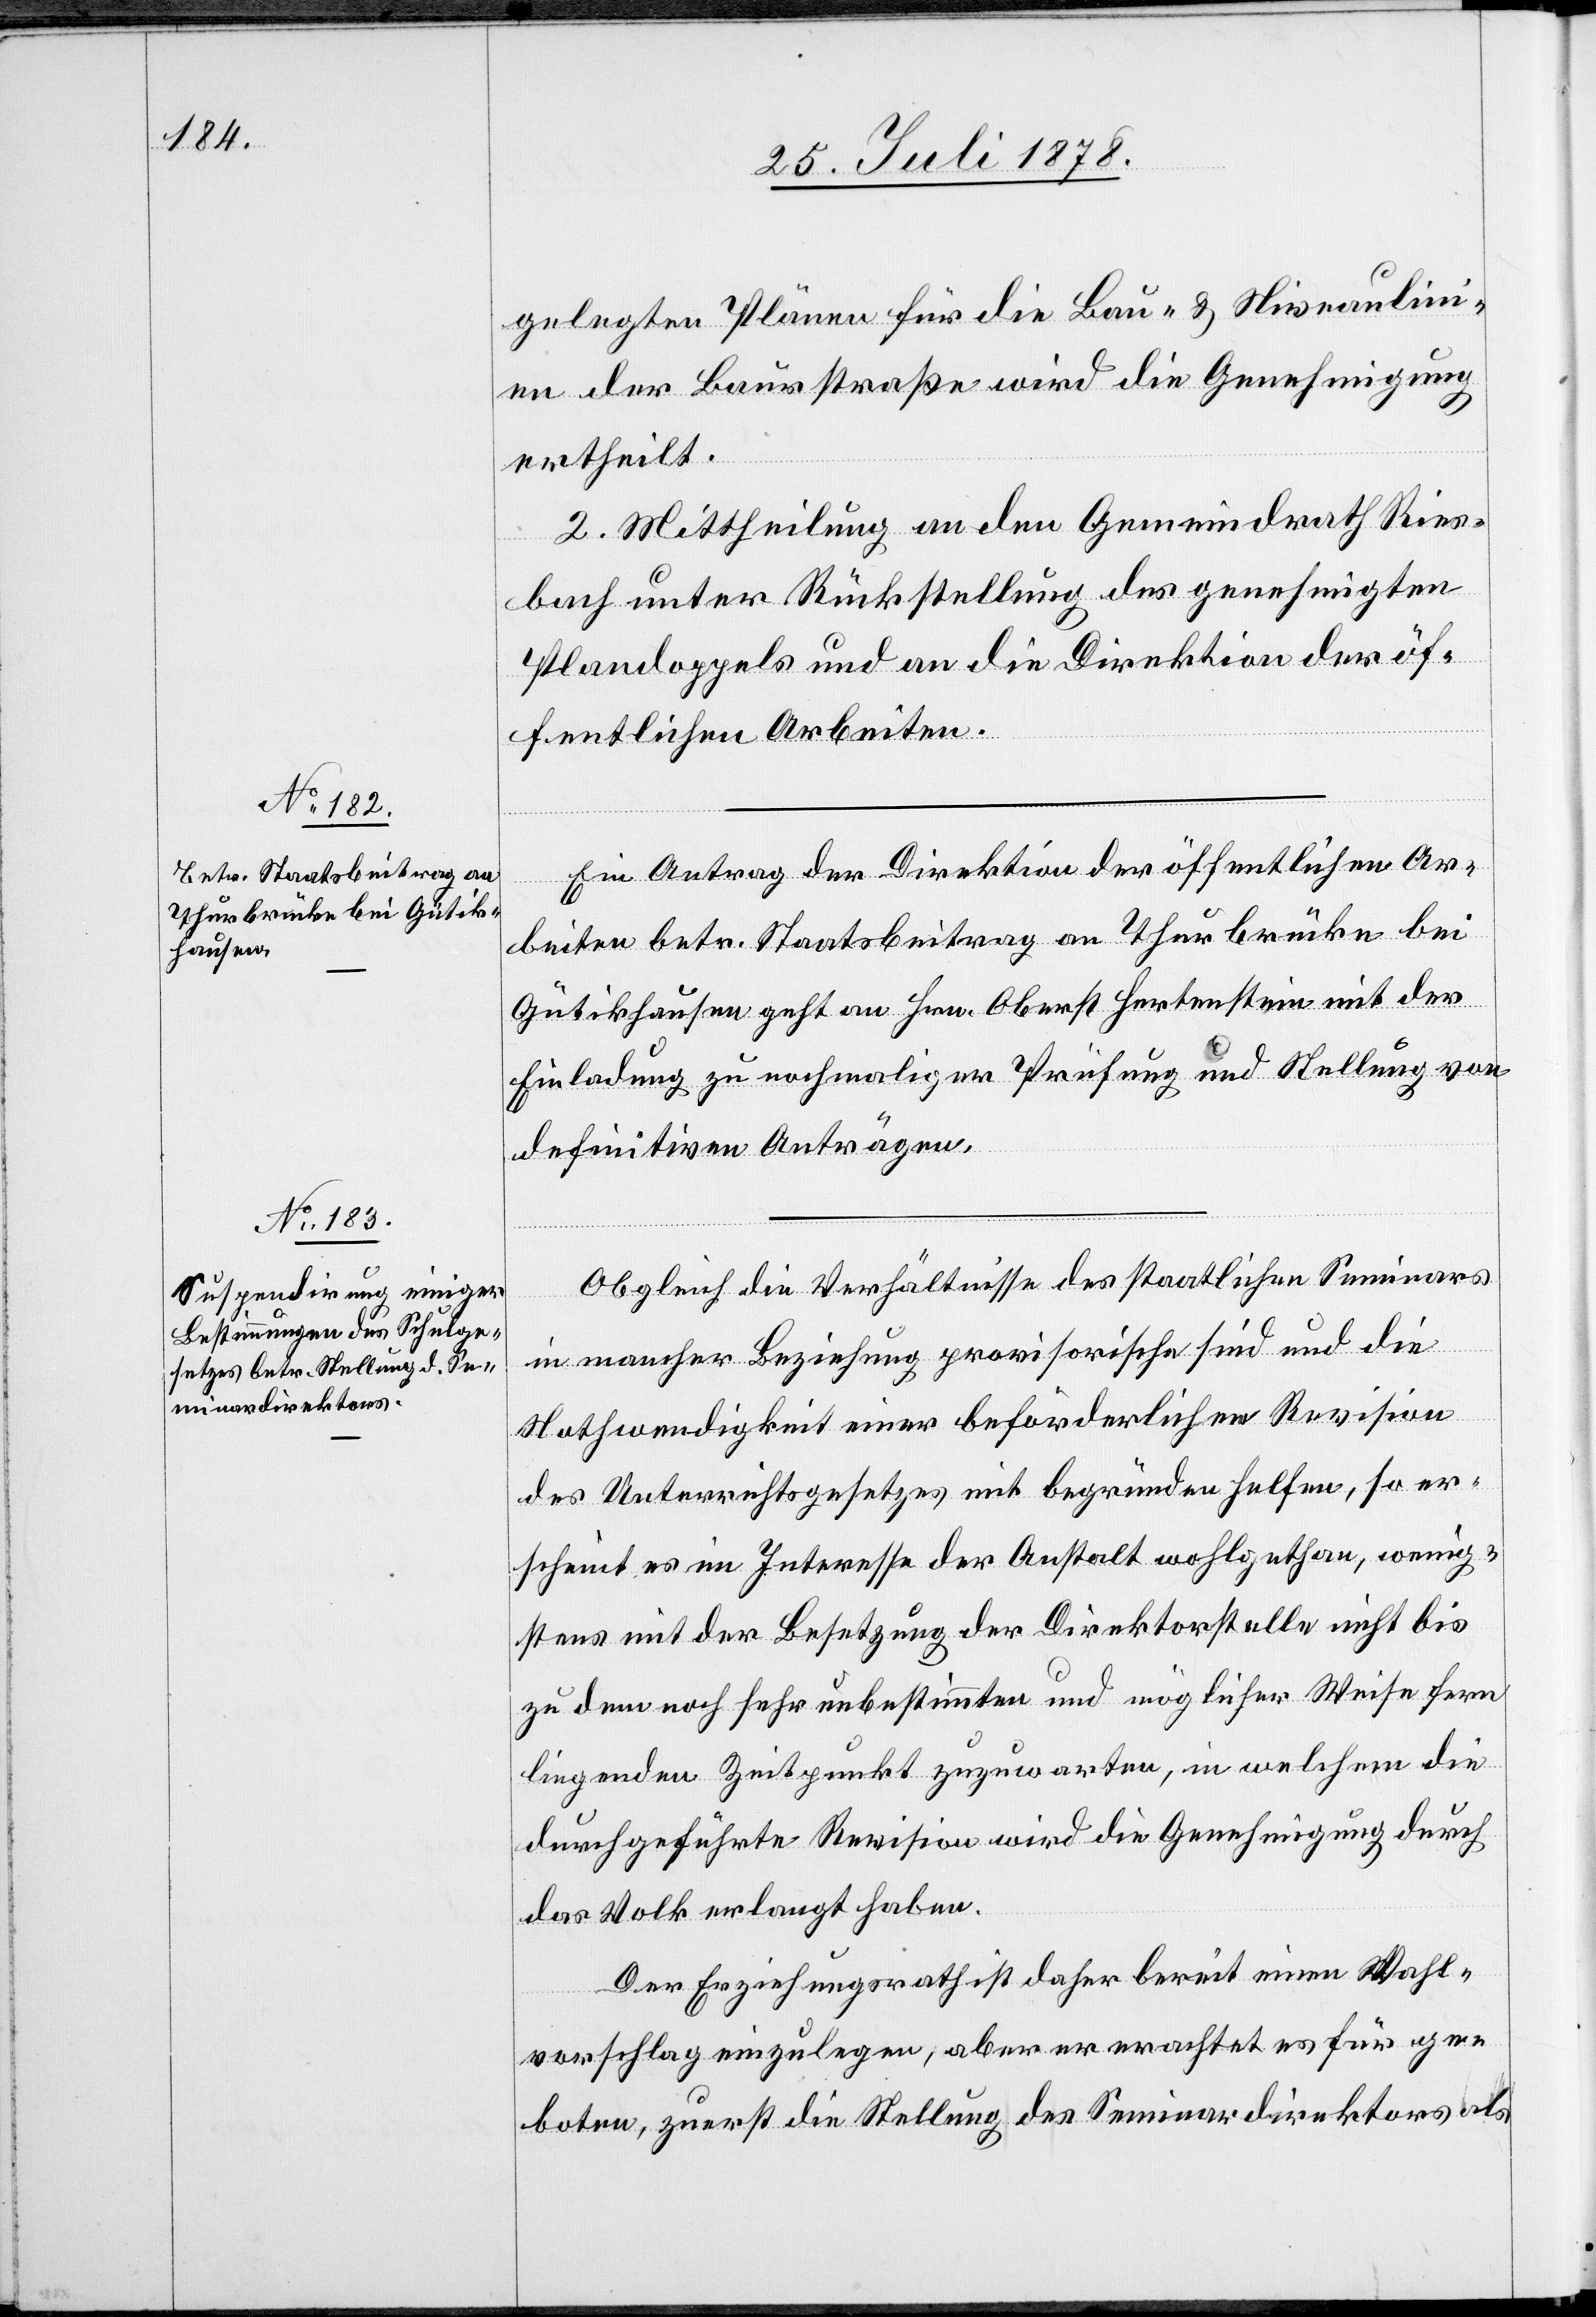
gelegten Plänen für die Bau- & Niveaulin¬
ien der Baurstraße wird die Genehmigung
ertheilt.
2. Mittheilung an den Gemeindrath Ries¬
bach unter Rückstellung des genehmigten
Plandoppels und an die Direktion der öf¬
fentlichen Arbeiten.
Ein Antrag der Direktion der öffentlichen Ar¬
beiten betr. Staatsbeitrag an Thurbrücke bei
Gütikhausen geht an Hrn. Oberst Hertenstein mit der
Einladung zu nochmaliger Prüfung und Stellung von
dseitigen Anträgen.
Obgleich die Verhältnisse des staatlichen Seminars
in mancher Beziehung provisorische sind und die
Nothwendigkeit einer beförderlichen Revision
des Unterrichtsgesetzes mit begründen helfen, so er¬
scheint es im Interesse der Anstalt wohlgethan, wenig¬
stens mit der Besetzung der Direktorstelle nicht bis
zu dem noch sehr unbestimmten und möglicher Weise fern
liegenden Zeitpunkt zuzuwarten, in welchem die
durchgeführte Revision wird die Genehmigung durch
das Volk erlangt haben.
Der Erziehungsrath ist daher bereit einen Wahl¬
bei¬
vorschlag einzulegen, aber er erachtet es für ge¬
boten, zuerst die Stellung des Seminardirektors als